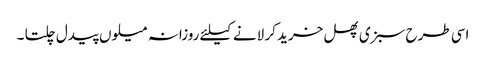
اسی طرح سبزی پھل خرید کر لانے کیلئے روزانہ میلوں پیدل چلتا ۔